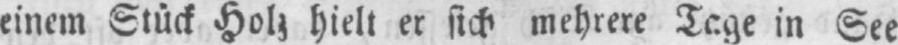
einem Stück Holz hielt er sich mehrere Tage in See